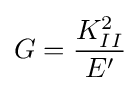
G={\frac {K_{II}^{2}}{E'}}